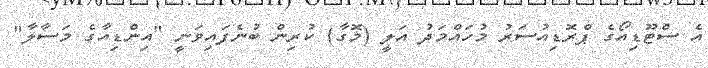
އެ ސްޓޫޑިއޯގެ ޕްރޮޑިއުސަރު މުހައްމަދު އަލީ (މޮގާ) ކުރިން ބުނެފައިވަނީ "އިންޑިއާގެ މަސާލާ"